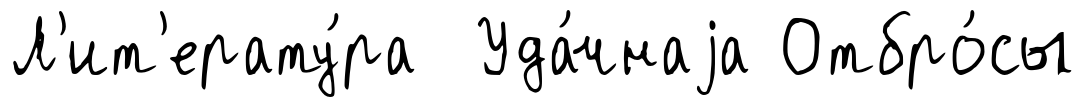
Л'ит'ерату́ра Уда́чнаjа Отбро́сы